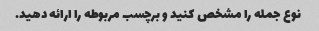
نوع جمله را مشخص کنید و برچسب مربوطه را ارائه دهید.